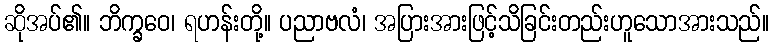
ဆိုအပ်၏။ ဘိက္ခဝေ၊ ရဟန်းတို့။ ပညာဗလံ၊ အပြားအားဖြင့်သိခြင်းတည်းဟူသောအားသည်။